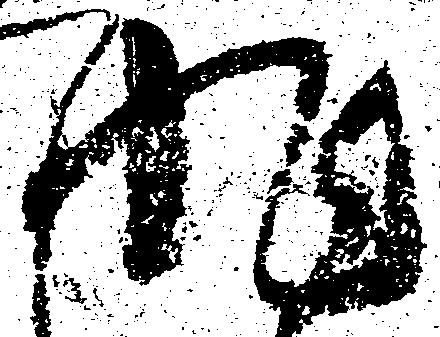
非